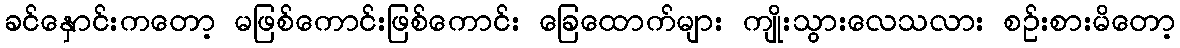
ခင်နှောင်းကတော့ မဖြစ်ကောင်းဖြစ်ကောင်း ခြေထောက်များ ကျိုးသွားလေသလား စဉ်းစားမိတော့